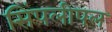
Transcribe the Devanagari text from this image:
सिंपलीपल